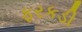
ફરકડી